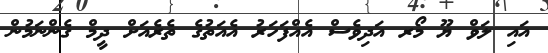
އައި ލަވް ޔޫ މޯރ އަދިވެސް އެއްފަހަރު އެއަތުގެ ތެރެއަށް ދީމް ގެންނަމުން